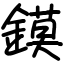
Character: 鏌